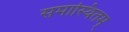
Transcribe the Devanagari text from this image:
समास्थितम्